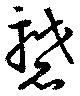
礬